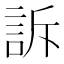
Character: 訴